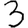
Digit: 3